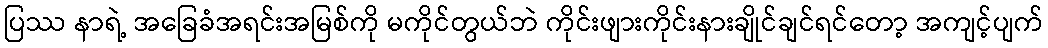
ပြဿ နာရဲ့ အခြေခံအရင်းအမြစ်ကို မကိုင်တွယ်ဘဲ ကိုင်းဖျားကိုင်းနားချိုင်ချင်ရင်တော့ အကျင့်ပျက်